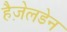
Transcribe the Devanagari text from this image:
हैज़ेलडेन